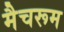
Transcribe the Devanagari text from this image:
मैचरूम